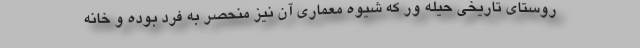
روستای تاریخی حیله ور که شیوه معماری آن نیز منحصر به فرد بوده و خانه